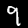
Label: 9